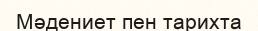
Мәдениет пен тарихта